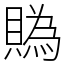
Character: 䞈